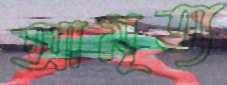
আমৃত্য